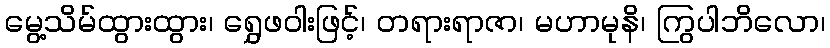
မွေ့သိမ်ထွားထွား၊ ရွှေဖဝါးဖြင့်၊ တရားရာဇာ၊ မဟာမုနိ၊ ကြွပါဘိလော၊